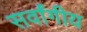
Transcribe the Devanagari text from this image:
सर्वांगीय